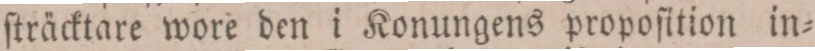
ſträcktare wore den i Konungens propoſition in=